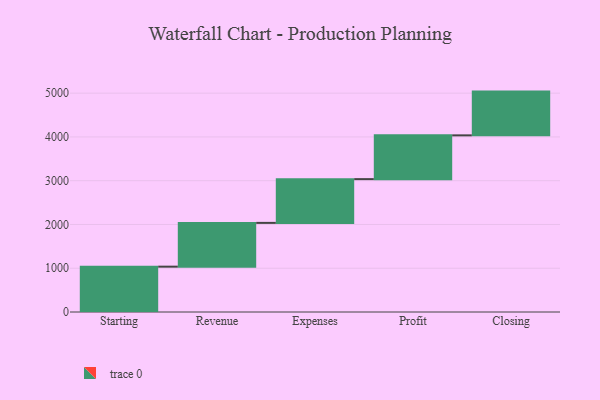
{"axis": {"x": "Step", "y": "Value"}, "legend": [""], "data": [{"x": "Starting", "y": 1036.0, "type": ""}, {"x": "Revenue", "y": 1000, "type": ""}, {"x": "Expenses", "y": 1000, "type": ""}, {"x": "Profit", "y": 1000, "type": ""}, {"x": "Closing", "y": 1000, "type": ""}]}